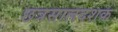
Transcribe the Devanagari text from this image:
छत्रसालदशक